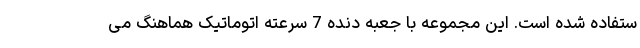
ستفاده شده است. این مجموعه با جعبه دنده 7 سرعته اتوماتیک هماهنگ می